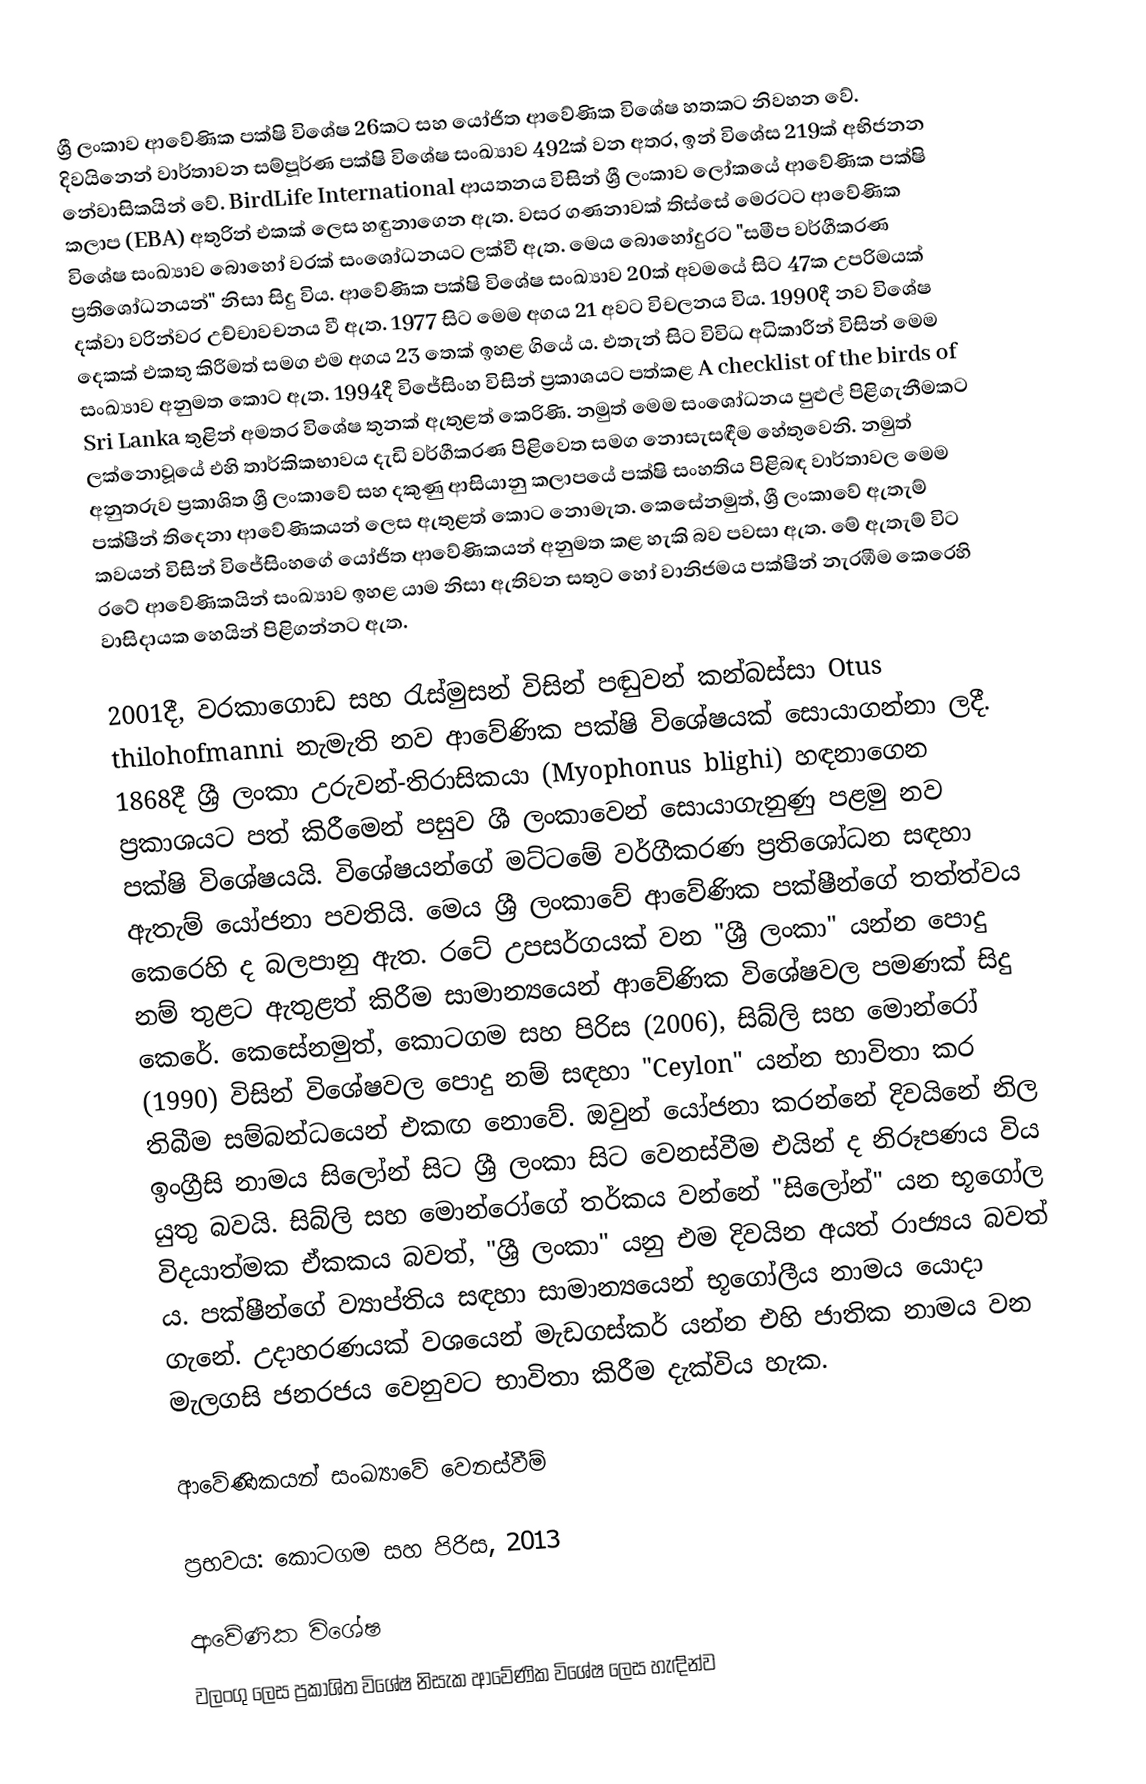
ශ්‍රී ලංකාව ආවේණික පක්ෂි විශේෂ 26කට සහ යෝජිත ආවේණික විශේෂ හතකට නිවහන වේ. දිවයිනෙන් වාර්තාවන සම්පූර්ණ පක්ෂි විශේෂ සංඛ්‍යාව 492ක් වන අතර, ඉන් විශේස 219ක් අභිජනන නේවාසිකයින් වේ. BirdLife International ආයතනය විසින් ශ්‍රී ලංකාව ලෝකයේ ආවේණික පක්ෂි කලාප (EBA) අතුරින් එකක් ලෙස හඳුනාගෙන ඇත. වසර ගණනාවක් තිස්සේ මෙරටට ආවේණික විශේෂ සංඛ්‍යාව බොහෝ වරක් සංශෝධනයට ලක්වී ඇත. මෙය බොහෝදුරට "සමීප වර්ගීකරණ ප්‍රතිශෝධනයන්" නිසා සිදු විය. ආවේණික පක්ෂි විශේෂ සංඛ්‍යාව 20ක් අවමයේ සිට 47ක උපරිමයක් දක්වා වරින්වර උච්චාවචනය වී ඇත. 1977 සිට මෙම අගය 21 අවට විචලනය විය. 1990දී නව විශේෂ දෙකක් එකතු කිරීමත් සමග එම අගය 23 තෙක් ඉහළ ගියේ ය. එතැන් සිට විවිධ අධිකාරීන් විසින් මෙම සංඛ්‍යාව අනුමත කොට ඇත. 1994දී විජේසිංහ විසින් ප්‍රකාශයට පත්කළ A checklist of the birds of Sri Lanka තුළින් අමතර විශේෂ තුනක් ඇතුළත් කෙරිණි. නමුත් මෙම සංශෝධනය පුළුල් පිළිගැනීමකට ලක්නොවූ‍යේ එහි තාර්කිකභාවය දැඩි වර්ගීකරණ පිළිවෙත සමග නොසැසඳීම හේතුවෙනි. නමුත් අනුතරුව ප්‍රකාශිත ශ්‍රී ලංකාවේ සහ දකුණු ආසියානු කලාපයේ පක්ෂි සංහතිය පිළිබඳ වාර්තාවල මෙම පක්ෂීන් තිදෙනා ආවේණිකයන් ලෙස ඇතුළත් කොට නොමැත. කෙසේනමුත්, ශ්‍රී ලංකාවේ ඇතැම් කවයන් විසින් විජේසිංහගේ යෝජිත ආවේණිකයන් අනුමත කළ හැකි බව පවසා ඇත. මේ ඇතැම් විට රටේ ආවේණිකයින් සංඛ්‍යාව ඉහළ යාම නිසා ඇතිවන සතුට හෝ වානිජමය පක්ෂීන් නැරඹීම කෙරෙහි වාසිදායක හෙයින් පිළිගන්නට ඇත.

2001දී, වරකාගොඩ සහ රැස්මුසන් විසින් පඬුවන් කන්බස්සා Otus thilohofmanni නැමැති නව ආවේණික පක්ෂි විශේෂයක් සොයාගන්නා ලදී. 1868දී ශ්‍රී ලංකා උරුවන්-තිරාසිකයා (Myophonus blighi) හඳනාගෙන ප්‍රකාශයට පත් කිරීමෙන් පසුව ශී ලංකාවෙන් සොයාගැනුණු පළමු නව පක්ෂි විශේෂයයි. විශේෂයන්ගේ මට්ටමේ වර්ගීකරණ ප්‍රතිශෝධන සඳහා ඇතැම් යෝජනා පවතියි. මෙය ශ්‍රී ලංකාවේ ආවේණික පක්ෂීන්ගේ තත්ත්වය කෙරෙහි ද බලපානු ඇත. රටේ උපසර්ගයක් වන "ශ්‍රී ලංකා" යන්න පොදු නම් තුළට ඇතුළත් කිරීම සාමාන්‍යයෙන් ආවේණික විශේෂවල පමණක් සිදු කෙරේ. කෙසේනමුත්, කොටගම සහ පිරිස (2006), සිබ්ලි සහ මොන්රෝ (1990) විසින් විශේෂවල පොදු නම් සඳහා "Ceylon" යන්න භාවිතා කර තිබීම සම්බන්ධයෙන් එකඟ නොවේ. ඔවුන් යෝජනා කරන්නේ දිවයිනේ නිල ඉංග්‍රීසි නාමය සිලෝන් සිට ශ්‍රී ලංකා සිට වෙනස්වීම එයින් ද නිරූපණය විය යුතු බවයි. සිබ්ලි සහ මොන්රෝගේ තර්කය වන්නේ "සිලෝන්" යන භූගෝල විදයාත්මක ඒකකය බවත්, "ශ්‍රී ලංකා" යනු එම දිවයින අයත් රාජ්‍යය බවත් ය. පක්ෂීන්ගේ ව්‍යාප්තිය සඳහා සාමාන්‍යයෙන් භූගෝලීය නාමය යොදා ගැනේ. උදාහරණයක් වශයෙන් මැඩගස්කර් යන්න එහි ජාතික නාමය වන මැලගසි ජනරජය වෙනුවට භාවිතා කිරීම දැක්විය හැක.

ආවේණිකයන් සංඛ්‍යාවේ වෙනස්වීම්

ප්‍රභවය: කොටගම සහ පිරිස, 2013

ආවේණික විශේෂ
වලංගු ලෙස ප්‍රකාශිත විශේෂ නිසැක ආවේණික විශේෂ ලෙස හැඳින්ව